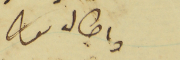
واطاله تعالى